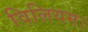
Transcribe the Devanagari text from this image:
विलियम।